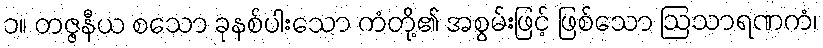
၁။ တဇ္ဇနီယ စသော ခုနစ်ပါးသော ကံတို့၏ အစွမ်းဖြင့် ဖြစ်သော ဩသာရဏကံ၊